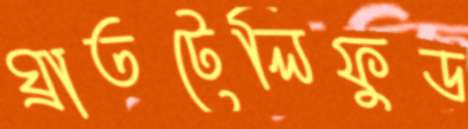
ঘ্রাতটেলিফুড